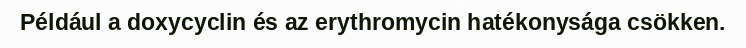
Például a doxycyclin és az erythromycin hatékonysága csökken.